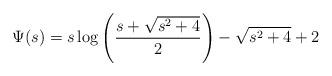
LaTeX: \begin{align*} \Psi(s)=s \log \left(\frac{s+\sqrt{s^2+4}}{2}\right)-\sqrt{s^2+4}+2 \end{align*}